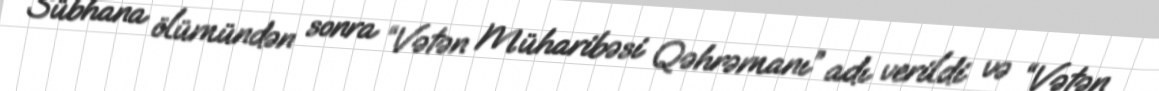
Sübhana ölümündən sonra “Vətən Müharibəsi Qəhrəmanı” adı verildi və “Vətən